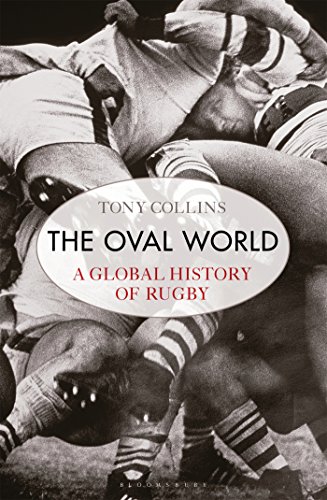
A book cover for The Oval World: A global history of rugby; Tony Collins; Sports & Outdoors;